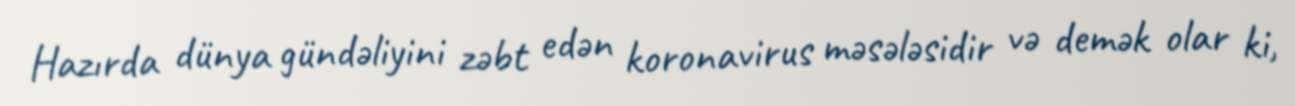
Hazırda dünya gündəliyini zəbt edən koronavirus məsələsidir və demək olar ki,